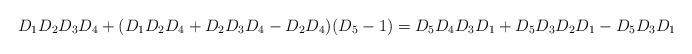
LaTeX: \begin{align*}D_1D_2D_3D_4+(D_1D_2D_4+D_2D_3D_4-D_2D_4)(D_5-1)=D_5D_4D_3D_1+D_5D_3D_2D_1-D_5D_3D_1\end{align*}